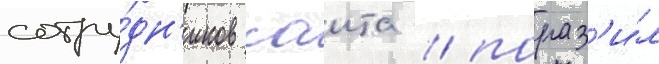
сотру́дн'иков саита / пораз'и́л